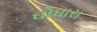
ઘોઘારા